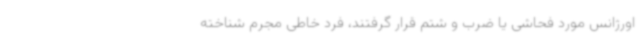
اورژانس مورد فحاشی یا ضرب و شتم قرار گرفتند، فرد خاطی مجرم شناخته